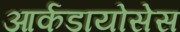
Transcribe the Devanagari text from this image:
आर्कडायोसेस